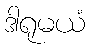
ဒါရုမယံ